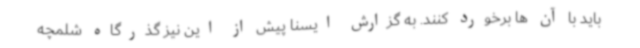
باید با آن ها برخورد کنند. به گزارش ایسنا پیش از این نیز گذرگاه شلمچه